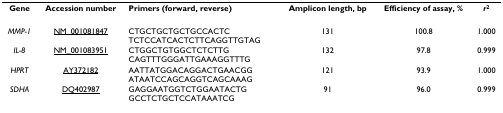
<table><thead><tr><td><b>Gene</b></td><td><b>Accession number</b></td><td><b>Primers (forward, reverse)</b></td><td><b>Amplicon length, bp</b></td><td><b>Efficiency of assay, %</b></td><td><b><i>r</i><sup>2</sup></b></td></tr></thead><tbody><tr><td><i>MMP-1</i></td><td>NM_001081847</td><td>CTGCTGCTGCTGCCACTCTCTCCATCACTCTTCAGGTTGTAG</td><td>131</td><td>100.8</td><td>1.000</td></tr><tr><td><i>IL-8</i></td><td>NM_001083951</td><td>CTGGCTGTGGCTCTCTTGCAGTTTGGGATTGAAAGGTTTG</td><td>132</td><td>97.8</td><td>0.999</td></tr><tr><td><i>HPRT</i></td><td>AY372182</td><td>AATTATGGACAGGACTGAACGGATAATCCAGCAGGTCAGCAAAG</td><td>121</td><td>93.9</td><td>1.000</td></tr><tr><td><i>SDHA</i></td><td>DQ402987</td><td>GAGGAATGGTCTGGAATACTGGCCTCTGCTCCATAAATCG</td><td>91</td><td>96.0</td><td>0.999</td></tr></tbody></table>